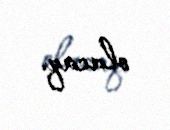
olacaq.